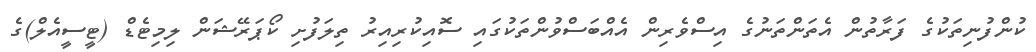
ކުންފުނިތަކުގެ ފަރާތުން އެތަންތަނުގެ އިސްވެރިން އެއްބަސްވުންތަކުގައި ސޮއިކުރިއިރު ތިލަފުށި ކޯޕަރޭޝަން ލިމިޓެޑް (ޓީސީއެލް)ގެ